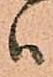
ハ